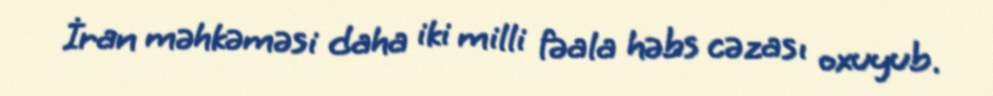
İran məhkəməsi daha iki milli fəala həbs cəzası oxuyub.